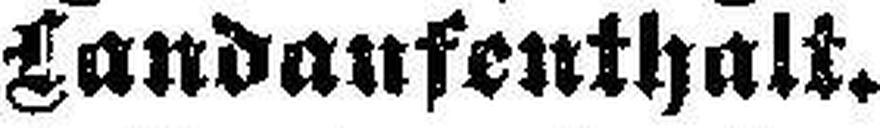
Landaufenthalt.